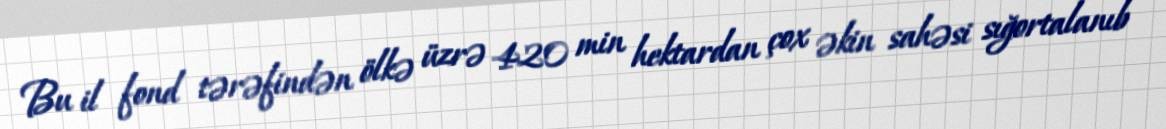
Bu il fond tərəfindən ölkə üzrə 420 min hektardan çox əkin sahəsi sığortalanıb